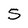
Character: S